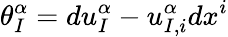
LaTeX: \theta_{I}^{\alpha}=du_{I}^{\alpha}-u_{I,i}^{\alpha}dx^{i}